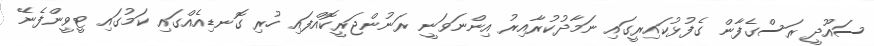
ސައޫދީ ރަސްގެފާން ގެފުޅުކައިރީގައި ނަމާދުކުރާއިރު އިންނަވަނީ ރަނުންޖަރީކޮއްފައި ހުރި ގޮނޑިއެއްގައި ކަމުގައި ޓީވީންފެނޭ